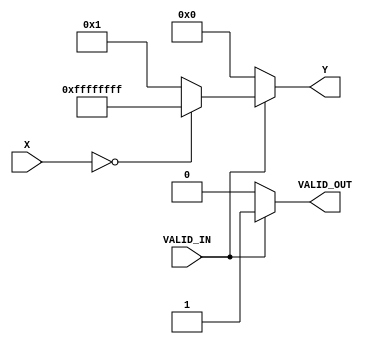
module DirectReciprocalUnit (
    input wire [15:0] X,            // Input data (16-bit fixed-point number)
    input wire VALID_IN,             // Valid signal for input data
    output reg [31:0] Y,             // Reciprocal result (32-bit fixed-point)
    output reg VALID_OUT             // Valid signal for output data
);

    // Internal parameters
    parameter MAX_ITERATIONS = 5;    // Number of iterations for Newton-Raphson
    parameter ONE = 16'h0001;         // Representation of 1 in fixed-point (16-bit)

    reg [15:0] input_reg;             // Register to hold input value
    reg [31:0] approx;                // Approximation of reciprocal
    integer iter;                     // Loop iterator
    reg [15:0] quotient;              // Quotient of multiplications for intermediate steps

    // Control logic
    always @(*) begin
        // Default outputs
        VALID_OUT = 0;
        Y = 32'h0000_0000;

        if (VALID_IN) begin
            input_reg = X;

            // Check for division by zero
            if (input_reg == 0) begin
                Y = 32'hFFFFFFFF; // Return max value or define a constant for NaN
                VALID_OUT = 1;
            end else begin
                // Initialize approximation to 1 / X
                approx = {16'h0000, ONE}; // Starting with 1 in 32 bits
                
                // Newton-Raphson iteration to find reciprocal
                for (iter = 0; iter < MAX_ITERATIONS; iter = iter + 1) begin
                    // Calculate approx = approx * (2 - X * approx)
                    // Multiplier must be adjusted for fixed-point
                    quotient = (approx[31:16] * input_reg[15:0]) >> 16; // Partial product with fixed-point adjustment
                    approx = approx * (ONE - quotient); // approx = approx * (1 - X * approx)
                end

                // Output the final approximation
                Y = approx;
                VALID_OUT = 1; // Output is valid
            end
        end
    end

endmodule